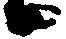
候